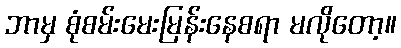
ဘာမှ စုံစမ်းမေးမြန်းနေစရာ မလိုတော့။